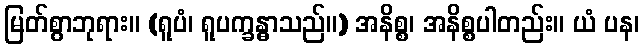
မြတ်စွာဘုရား။ (ရူပံ၊ ရူပက္ခန္ဓာသည်။) အနိစ္စ၊ အနိစ္စပါတည်း။ ယံ ပန၊